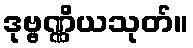
ဒုဗ္ဗဏ္ဏိယသုတ်။